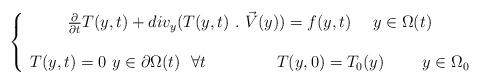
LaTeX: \begin{align*}\left\{\begin{array}{cl}\frac{\partial }{\partial t} T(y,t) +div_y(T(y,t) \ .\ \vec{V}(y)) = f(y,t) \ \ \ \ y\in \Omega(t) &\mbox{ } \\&\mbox{ } \\T(y,t)=0 \ y\in\partial \Omega(t) \ \ \forall t \ \ \ \ \ \ \ \ \ \ \ \ \ T(y,0)= T_0(y) \ \ \ \ \ \ \ y \in \Omega_0 &\mbox{ } \end{array}\right.\end{align*}